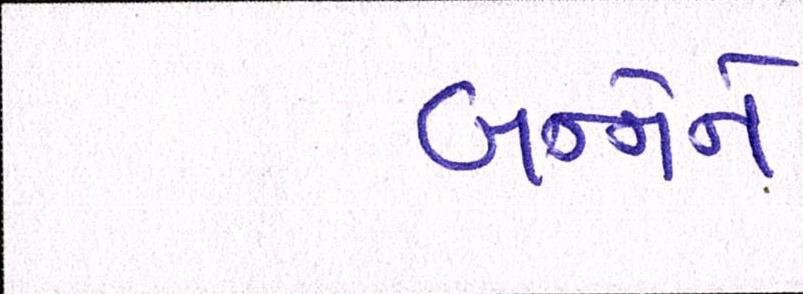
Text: બન્નેને